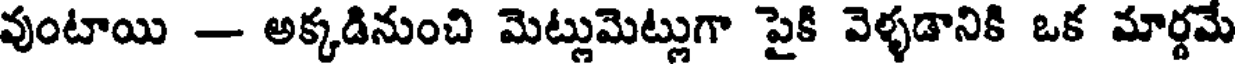
వుంటాయి - అక్కడినుంచి మెట్లుమెట్లుగా పైకి వెళ్ళడానికి ఒక మార్థమే